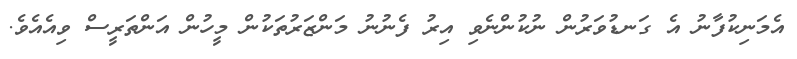
އެމަނިކުފާނު އެ ގަނޑުވަރުން ނުކުންނެވި އިރު ފެނުނު މަންޒަރުތަކުން މީހުން އަންތަރީސް ވިއެއެވެ.